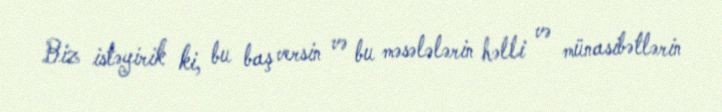
Biz istəyirik ki, bu baş versin və bu məsələlərin həlli və münasibətlərin